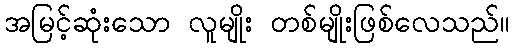
အမြင့်ဆုံးသော လူမျိုး တစ်မျိုးဖြစ်လေသည်။